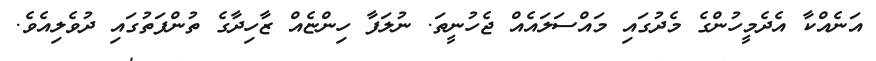
އަނެއްކާ އެދެމީހުންގެ މެދުގައި މައްސަލައެއް ޖެހުނީތަ. ނުލަފާ ހިންޏެއް ޒާހިދާގެ ތުންފަތުގައި ދުވެލިއެވެ.